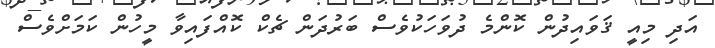
އަދި މިއީ ޤަވައިދުން ކޮންމެ ދުވަހަކުވެސް ބަރުދަން ޗެކް ކޮއްފައިވާ މީހުން ކަމަށްވެސް